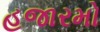
હજારમો